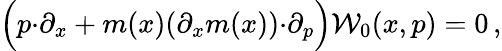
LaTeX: \Bigl(p{\cdot}\partial_{x}+m(x)(\partial_{x}m(x)){\cdot}\partial_{p}\Bigr){\cal W}_{0}(x,p)=0\, ,